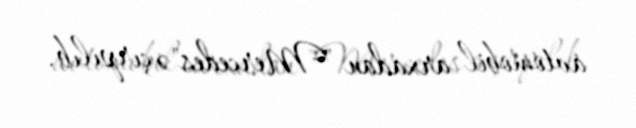
avtomobil arxadan "Mercedes"ə çırpılıb.